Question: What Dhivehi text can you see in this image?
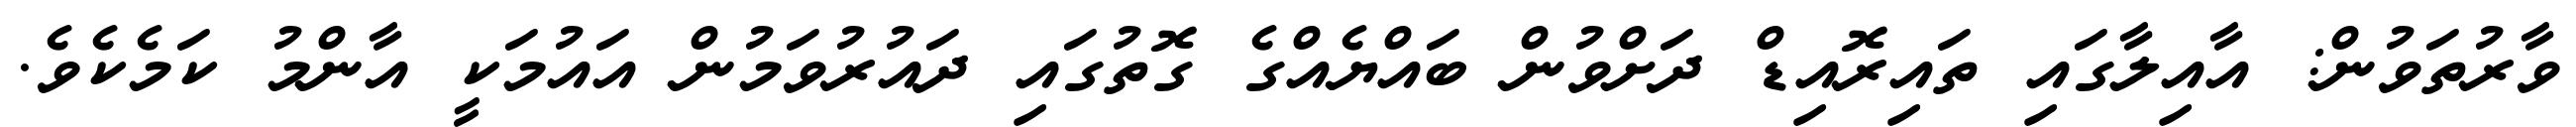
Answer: ވާރުތަވުން: އާއިލާގައި ތައިރޮއިޑް ދަށްވުން ބައްޔެއްގެ ގޮތުގައި ދައުރުވަމުން އައުމަކީ އާންމު ކަމެކެވެ.